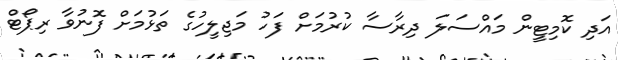
އަދި ކޮމިޓީން މައްސަލަ ދިރާސާ ކުރުމަށް ފަހު މަޖިލީހުގެ ތަޅުމަށް ފޮނުވާ ރިޕޯޓް